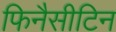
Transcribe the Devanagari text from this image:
फिनैसीटिन